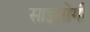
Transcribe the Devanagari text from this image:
साइबोगी